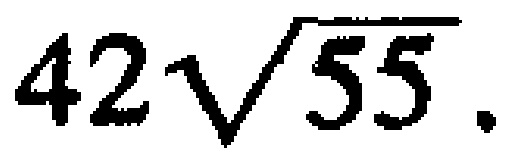
$42\sqrt{55}.$